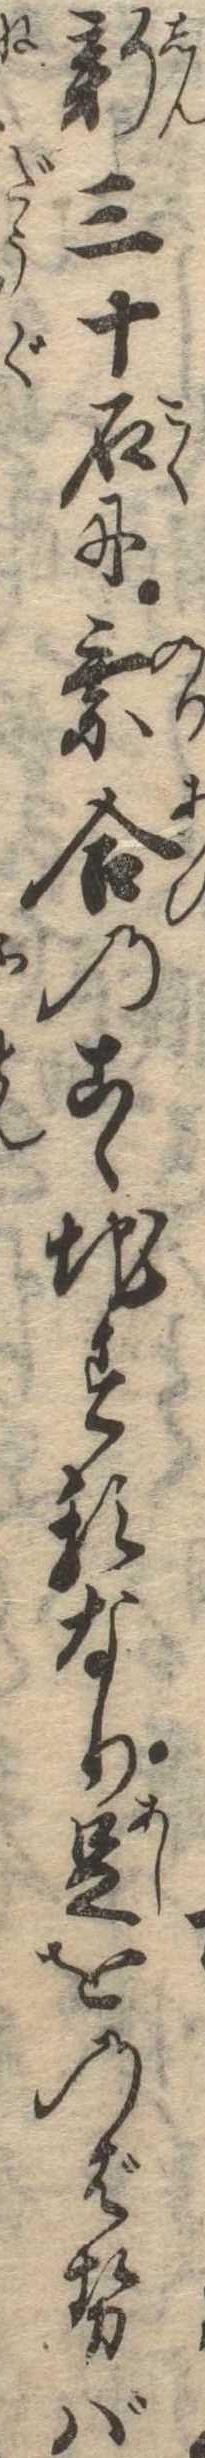
新三十石に乗合のこゝ地するなり足をのばせば